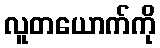
လူတယောက်ကို